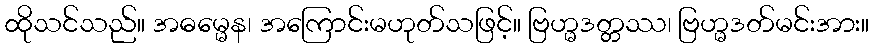
ထိုသင်သည်။ အဓမ္မေန၊ အကြောင်းမဟုတ်သဖြင့်။ ဗြဟ္မဒတ္တဿ၊ ဗြဟ္မဒတ်မင်းအား။